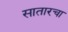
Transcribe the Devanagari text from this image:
सातारचा